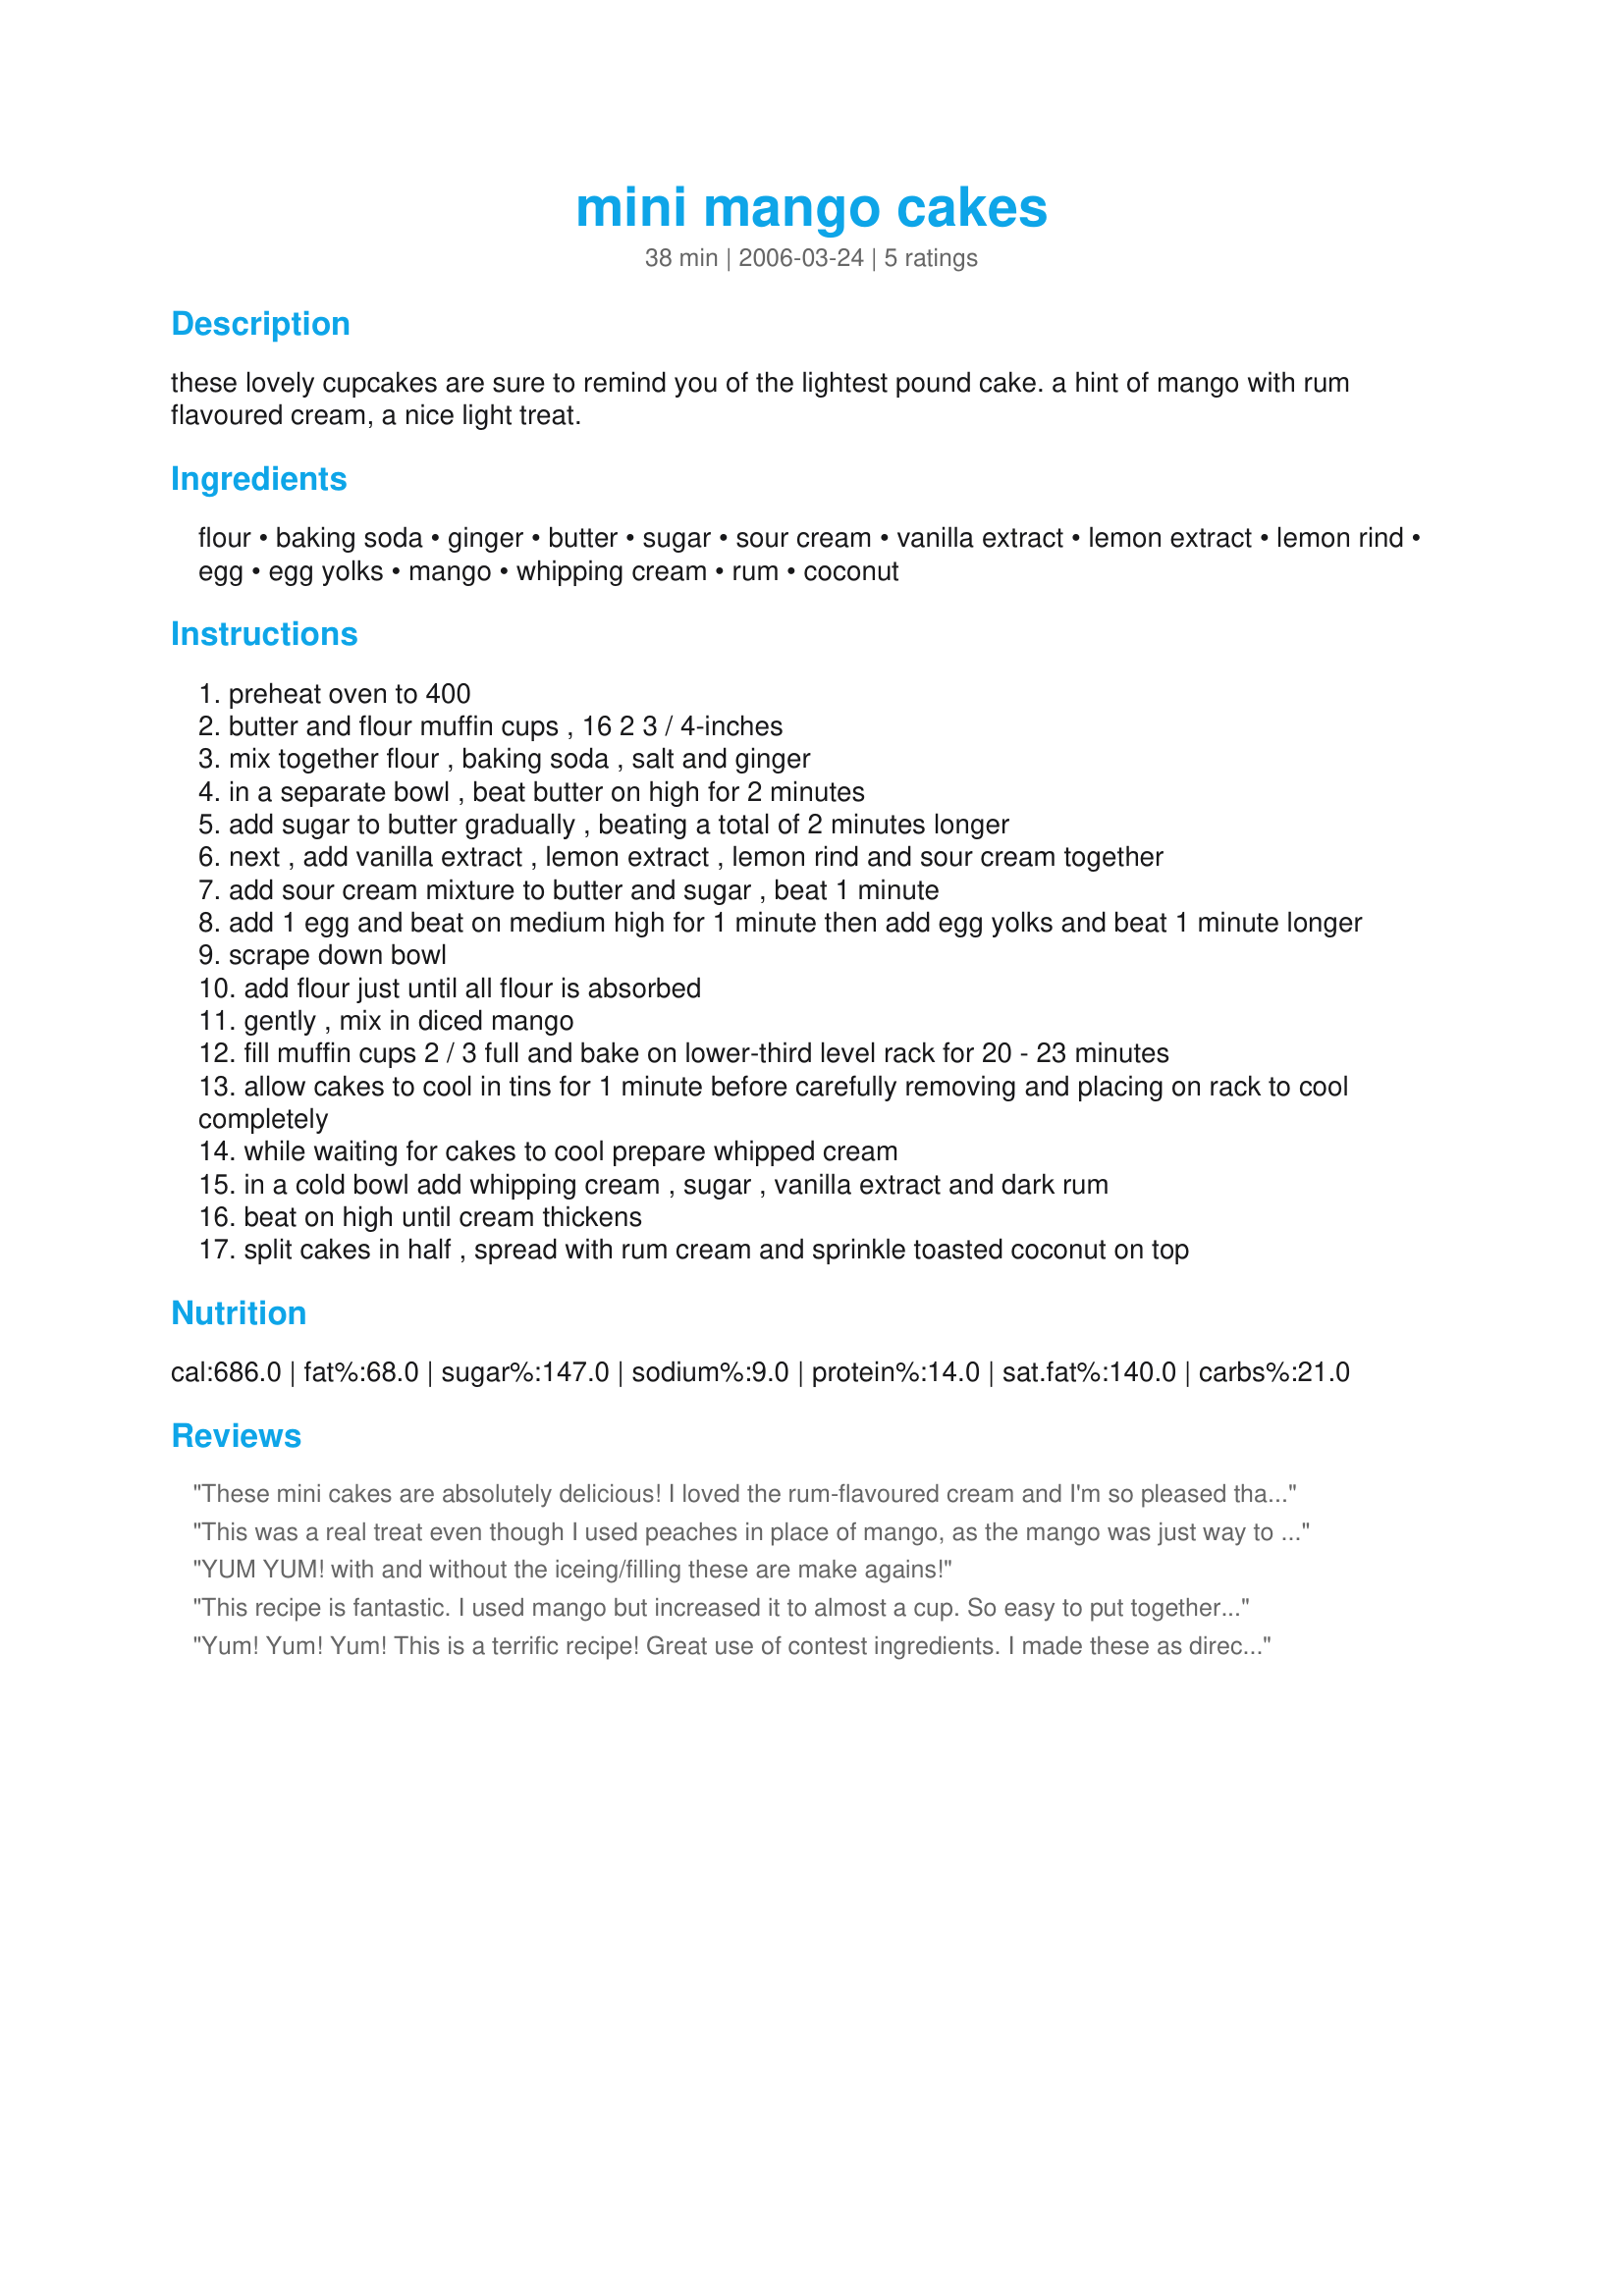
mini mango cakes
Preparation time: 38 minutes

these lovely cupcakes are sure to remind you of the lightest pound cake. a hint of mango with rum flavoured cream, a nice light treat.

Ingredients:
flour, baking soda, ginger, butter, sugar, sour cream, vanilla extract, lemon extract, lemon rind, egg, egg yolks, mango, whipping cream, rum, coconut

Steps:
preheat oven to 400
butter and flour muffin cups , 16 2 3 / 4-inches
mix together flour , baking soda , salt and ginger
in a separate bowl , beat butter on high for 2 minutes
add sugar to butter gradually , beating a total of 2 minutes longer
next , add vanilla extract , lemon extract , lemon rind and sour cream together
add sour cream mixture to butter and sugar , beat 1 minute
add 1 egg and beat on medium high for 1 minute then add egg yolks and beat 1 minute longer
scrape down bowl
add flour just until all flour is absorbed
gently , mix in diced mango
fill muffin cups 2 / 3 full and bake on lower-third level rack for 20 - 23 minutes
allow cakes to cool in tins for 1 minute before carefully removing and placing on rack to cool completely
while waiting for cakes to cool prepare whipped cream
in a cold bowl add whipping cream , sugar , vanilla extract and dark rum
beat on high until cream thickens
split cakes in half , spread with rum cream and sprinkle toasted coconut on top

Reviews:
These mini cakes are absolutely delicious! I loved the rum-flavoured cream and I'm so pleased that I bought a bottle of both dark and white rum for the contest recipes. The dark rum works just fantastically in here! I wish I could give this recipe 4.5 stars! My BF wanted to give the cakes 5 stars and I do agree that this is a fantastic recipe. However, mangoes are expensive here in Switzerland and because of all the lovely rum cream I could hardly taste them. I would have loved them to play a more important role in this recipe. For example to have bits on top of the cream before the coconut is sprinkled on. Thank you so much for creating this recipe. This is certainly a recipe I'll come back to, although I may change it slightly.
This was a real treat even though I used peaches in place of mango, as the mango was just way to expensive this time of year, this is time consuming but well worth the extra effort, next time I will make a double batch and try it wil mango, these are so good, thanks Baby K!...Kitten:)
YUM YUM! with and without the iceing/filling these are make agains!
This recipe is fantastic. I used mango but increased it to almost a cup. So easy to put together but with incredible flavor. These will certainly be made again and again. A great summer dessert as well. Thanks for sharing this recipe babt Kato. made for AUS/NZ swap
Yum! Yum! Yum! This is a terrific recipe! Great use of contest ingredients. I made these as directed and loved the result. i hope this makes it to the finals. It sure deserves a spot there :)
Good Luck!!
